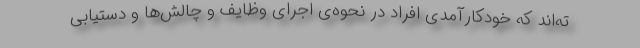
ته‌ا‌ند که خودکارآمدی افراد در نحوه‌ی اجرای وظایف و چالش‌ها و دستیابی